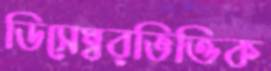
ডিসেম্বরভিত্তিক